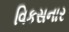
વિકસનાર